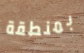
بمنطقة